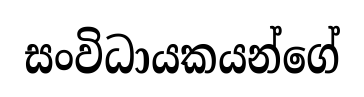
සංවිධායකයන්ගේ